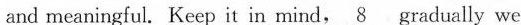
and meaningful. Keep it in mind, \underline{8} gradually we